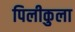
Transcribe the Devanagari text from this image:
पिलीकुला